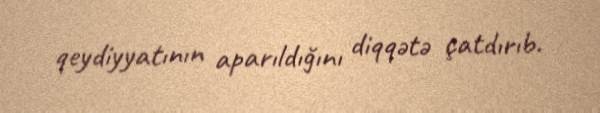
qeydiyyatının aparıldığını diqqətə çatdırıb.